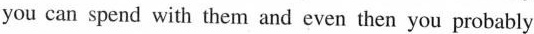
you can spend with them and even then you probably